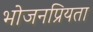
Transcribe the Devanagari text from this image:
भोजनप्रियता